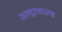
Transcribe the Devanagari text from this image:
अल्ट्रासाउन्ड